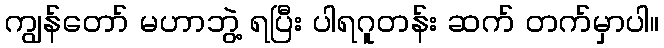
ကျွန်တော် မဟာဘွဲ့ ရပြီး ပါရဂူတန်း ဆက် တက်မှာပါ။